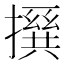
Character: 𪮵